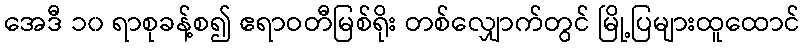
အေဒီ ၁၀ ရာစုခန့်စ၍ ဧရာဝတီမြစ်ရိုး တစ်လျှောက်တွင် မြို့ပြများထူထောင်